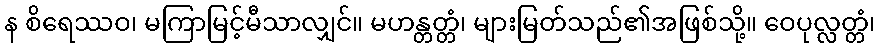
န စိရေဿဝ၊ မကြာမြင့်မီသာလျှင်။ မဟန္တတ္တံ၊ များမြတ်သည်၏အဖြစ်သို့။ ဝေပုလ္လတ္တံ၊